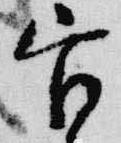
官